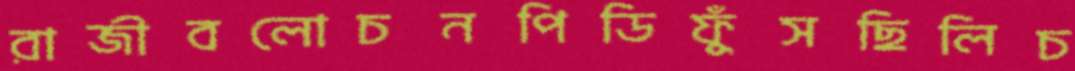
রাজীবলোচনপিডিফুঁসছিলিচ